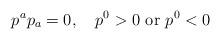
LaTeX: \begin{align*}p^a p_a = 0,\quad p^0 > 0 \,\,{\rm or}\,\, p^0 < 0\end{align*}